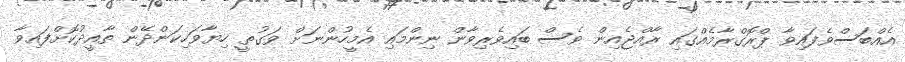
އެއްބަސްވެފައިވާ ޕްރޮގްރާމެއްގައި ރާއްޖެއިން ވެސް ބައިވެރިވާން ނިންމައި އެމީހުންނަށް ވަގުތީ ހިޔާވަހިކަންދޭން ތާއީދުކޮށްފައިވާ